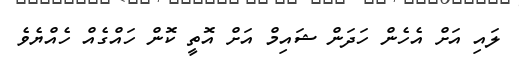
ލައި އަށް އެހެން ހަދަން ޝައިމް އަށް އޮތީ ކޮން ހައްގެއް ހެއްޔެވެ